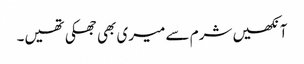
آنکھیں شرم سے میری بھی جھکی تھیں۔